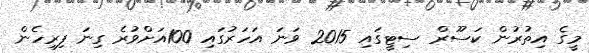
މީގެ އިތުރުން ކަސޫރް ސިޓީގައި 2015 ވަނަ އަހަރުގައި 100އަށްވުރެ ގިނަ ފިރިހެން